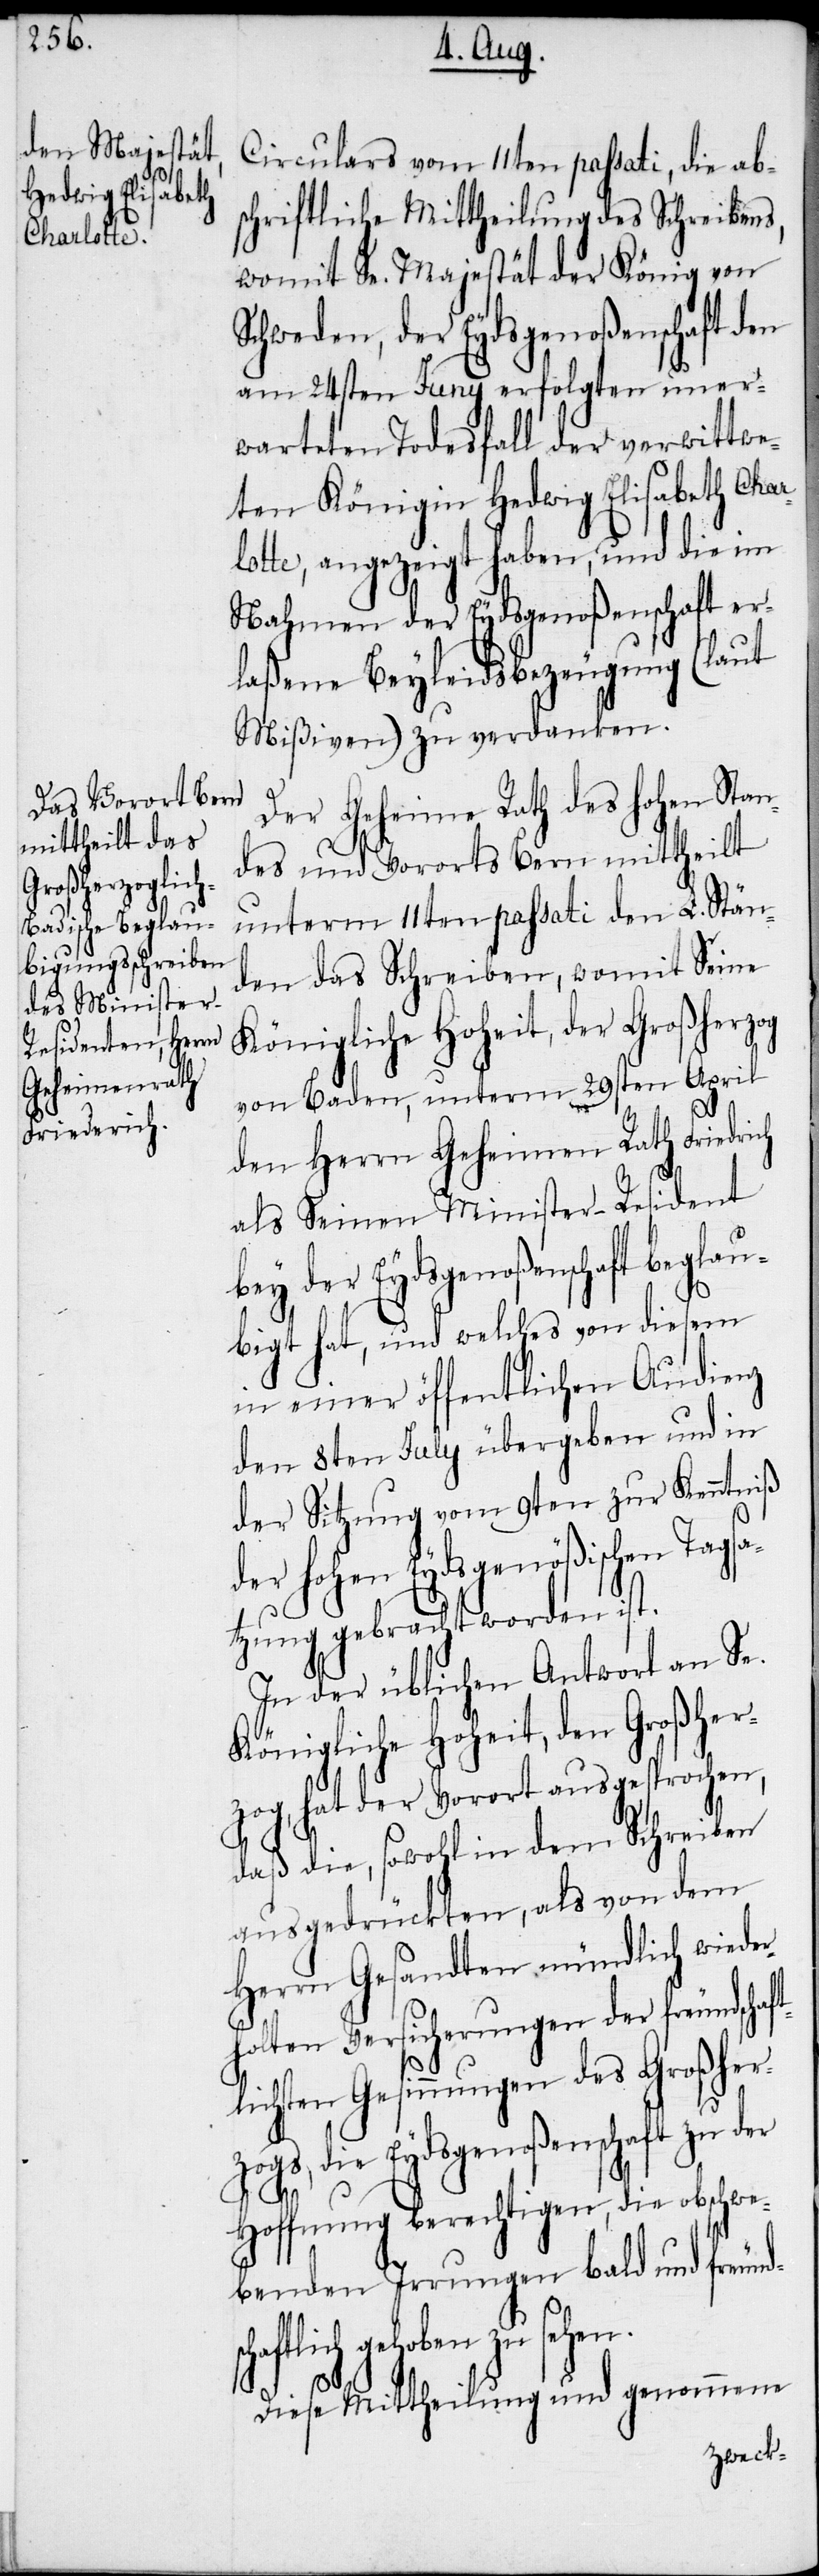
schaftlich¬

Circulars vom 11ten passati, die ab¬
schriftliche Mittheilung des Schreibens,
womit Se. Majestät der König von
Schweden, der Eydsgenoßenschaft den
am 24sten Juny erfolgten uner¬
warteten Todesfall der verwittwe¬
ten Königin Hedwig Elisabeth Char¬
lotte, angezeigt haben, und die im
Nahmen der Eydsgenoßenschaft er¬
laßene Beyleidsbezeugung (laut
Mißiven) zu verdanken.
Der Geheime Rath des hohen Stan¬
des und Vororts Bern mittheilt
unterm 11ten passati den L. Stän¬
den das Schreiben, womit Seine
Königliche Hoheit, der Großherzog
von Baden, unterm 29sten April
den Herrn Geheimen Rath Friedrich
als Seinen Minister-Resident
bey der Eydsgenoßenschaft beglau¬
bigt hat, und welches von diesem
den 8ten July übergeben und in
der Sitzung vom 9ten zur Kenntniß
der hohen Eydsgenößischen Tagsa¬
tzung gebracht worden ist.
In der üblichen Antwort an Se.
Königliche Hoheit, den Großher¬
zog, hat der Vorort ausgesprochen,
daß die, sowohl in dem Schreiben
ausgedrückten, als von dem
Herrn Gesandten mündlich wiede¬
rholten Versicherungen der freund¬
sten Gesinnungen des Großher¬
zogs, die Eydsgenoßenschaft zu der
Hoffnung berechtigen, die obschwe¬
benden Irrungen bald und freund¬
schaftlich gehoben zu sehen.
Diese Mittheilung und genommene